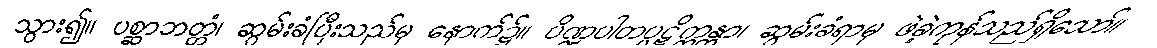
သွား၍။ ပစ္ဆာဘတ္တံ၊ ဆွမ်းခံပြီးသည်မှ နောက်၌။ ပိဏ္ဍပါတပ္ပဋိက္ကန္တာ၊ ဆွမ်းခံရာမှ ဖဲခဲ့ကုန်သည်ရှိသော်။